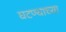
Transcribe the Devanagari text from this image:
घटण्याच्या